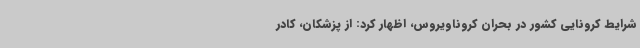
شرایط کرونایی کشور در بحران کروناویروس، اظهار کرد: از پزشکان، کادر